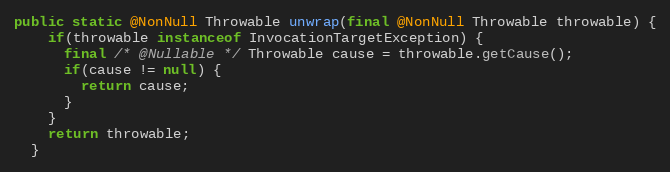
Language: Java
public static @NonNull Throwable unwrap(final @NonNull Throwable throwable) {
    if(throwable instanceof InvocationTargetException) {
      final /* @Nullable */ Throwable cause = throwable.getCause();
      if(cause != null) {
        return cause;
      }
    }
    return throwable;
  }